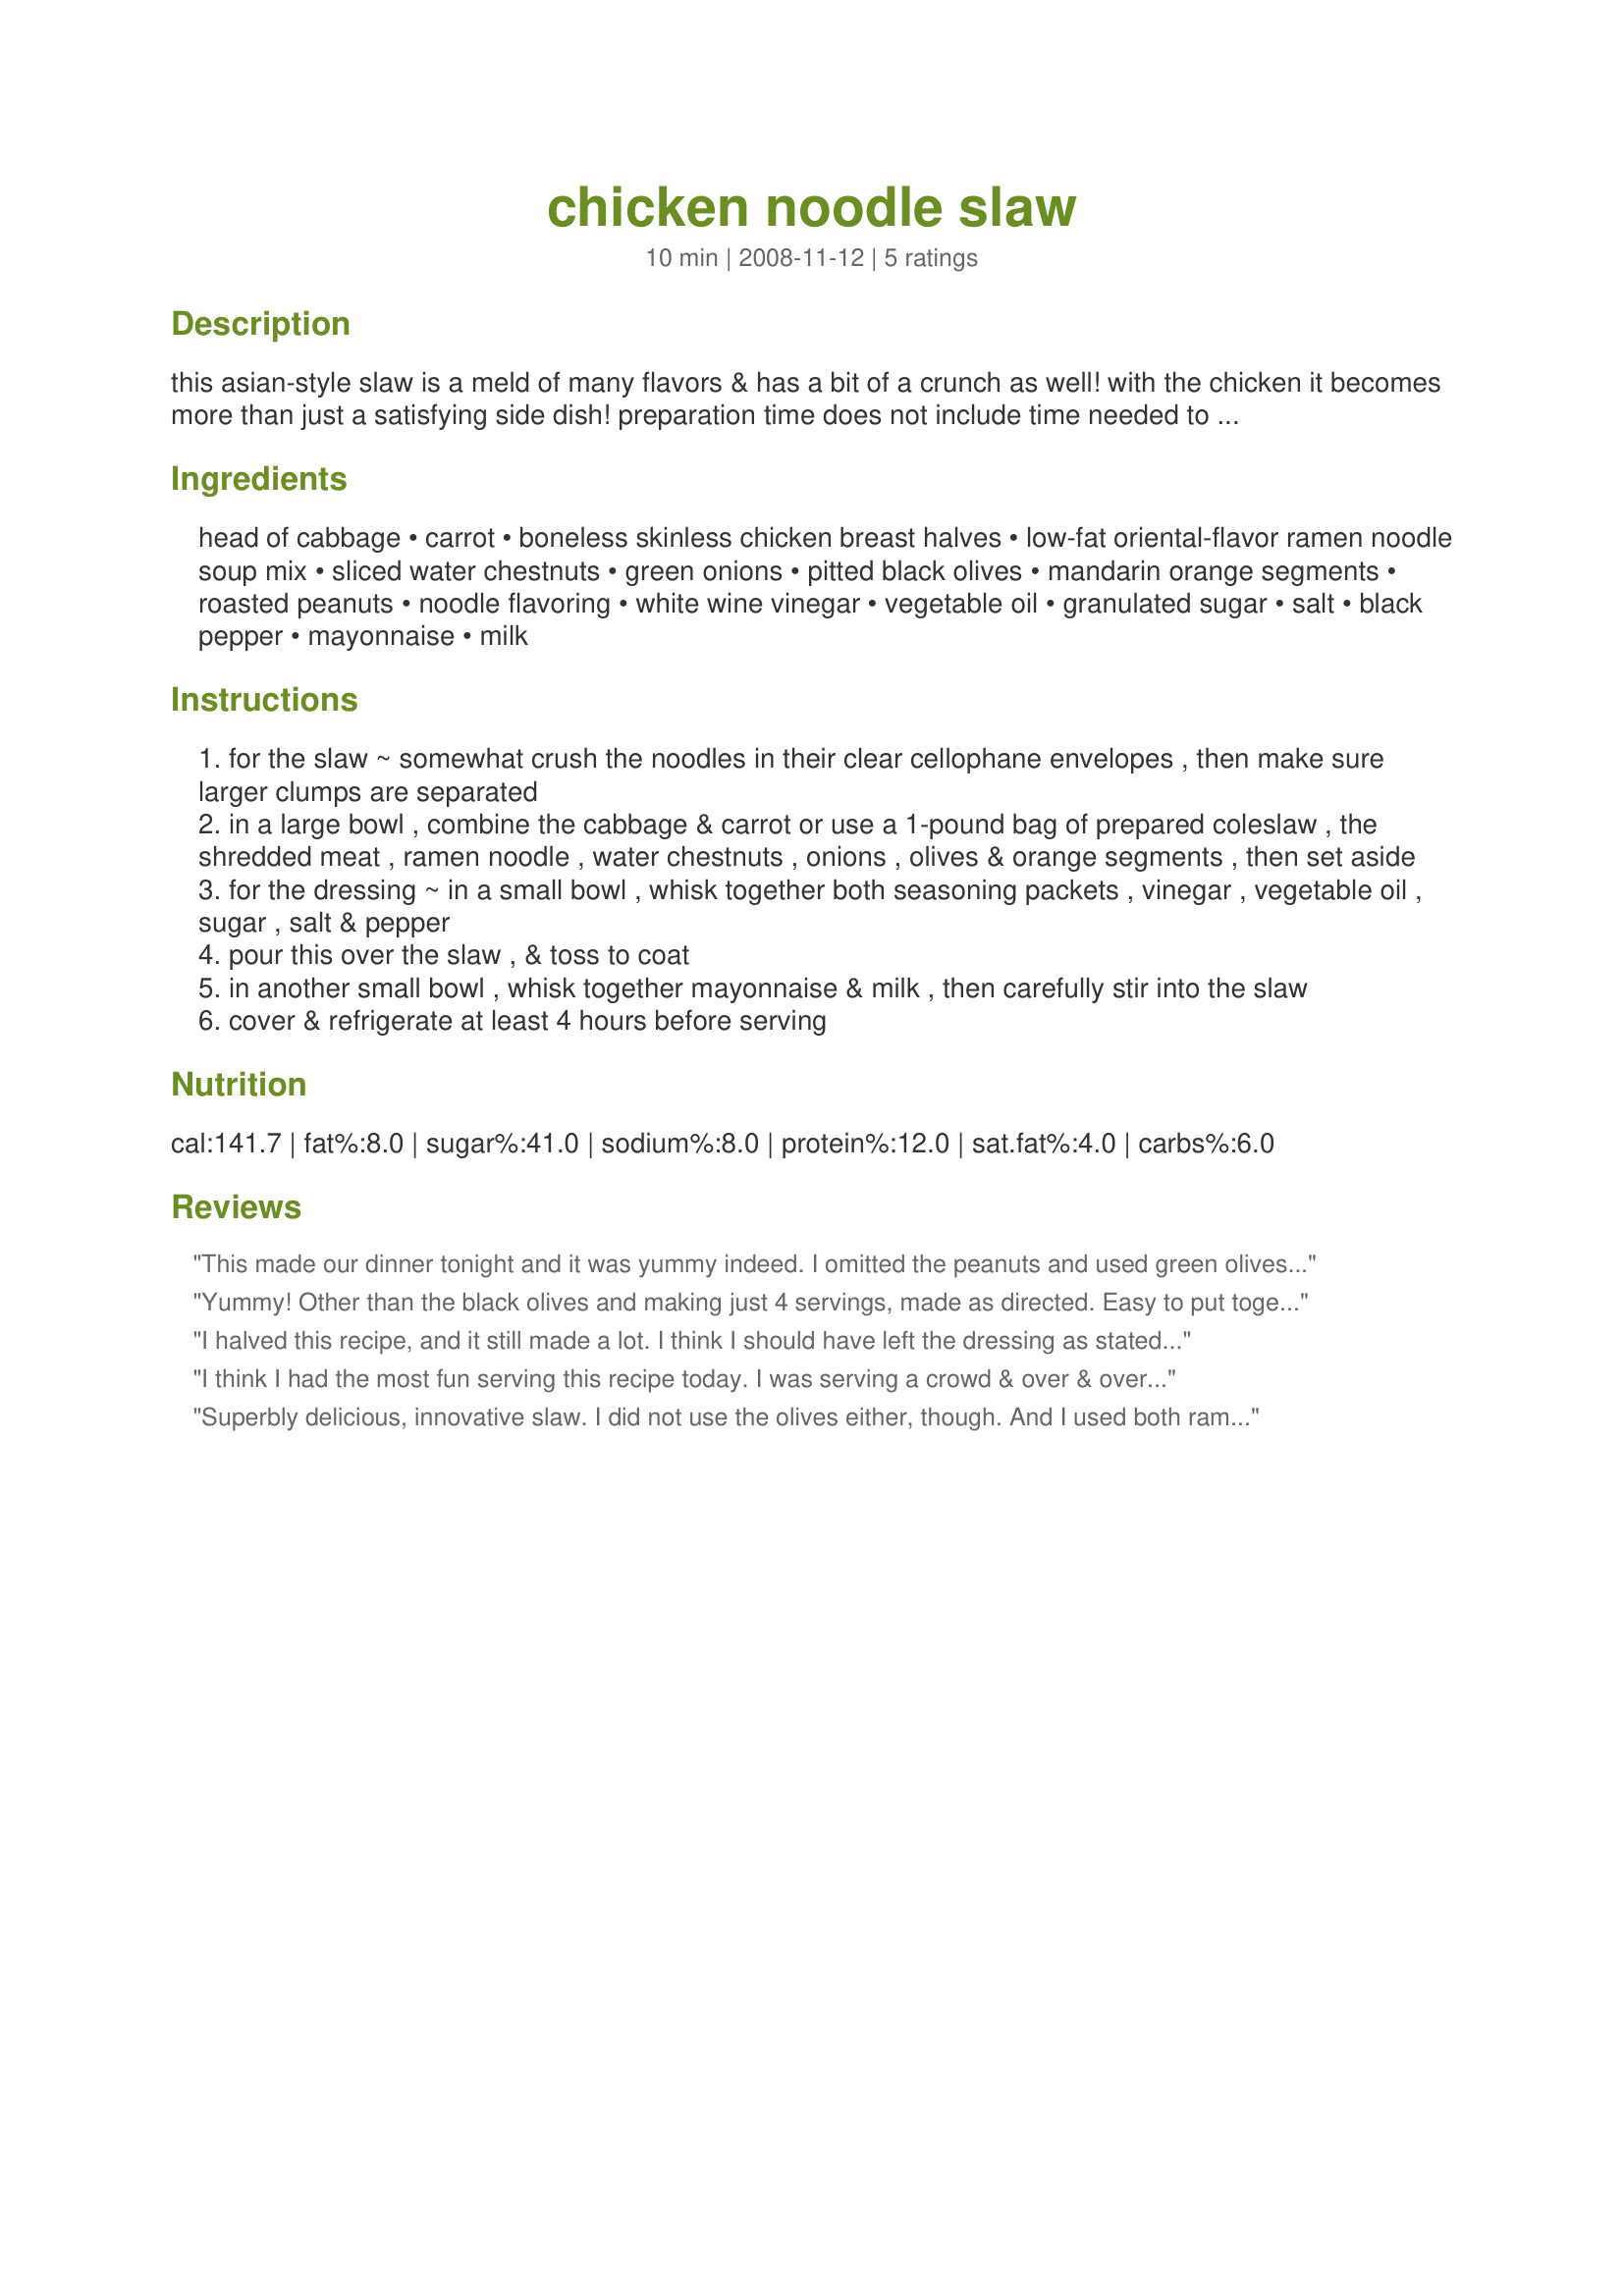
chicken noodle slaw
Preparation time: 10 minutes

this asian-style slaw is a meld of many flavors & has a bit of a crunch as well! with the chicken it becomes more than just a satisfying side dish! preparation time does not include time needed to shred the cabbage & carrot, nor the time taken to chop the chicken. time that could be cut back by purchasing a pre-packaged cabbage-&-carrot coleslaw & using previously cooked, chopped & frozen chicken. the time also does not include the 4-8 hours for the slaw to chill. note: on june 2011, i edited the recipe to include a 2nd can of mandarin orange segments, make the peanuts optional, and increase the servings from 8 to 12-14.

Ingredients:
head of cabbage, carrot, boneless skinless chicken breast halves, low-fat oriental-flavor ramen noodle soup mix, sliced water chestnuts, green onions, pitted black olives, mandarin orange segments, roasted peanuts, noodle flavoring, white wine vinegar, vegetable oil, granulated sugar, salt, black pepper, mayonnaise, milk

Steps:
for the slaw ~ somewhat crush the noodles in their clear cellophane envelopes , then make sure larger clumps are separated
in a large bowl , combine the cabbage & carrot or use a 1-pound bag of prepared coleslaw , the shredded meat , ramen noodle , water chestnuts , onions , olives & orange segments , then set aside
for the dressing ~ in a small bowl , whisk together both seasoning packets , vinegar , vegetable oil , sugar , salt & pepper
pour this over the slaw , & toss to coat
in another small bowl , whisk together mayonnaise & milk , then carefully stir into the slaw
cover & refrigerate at least 4 hours before serving

Reviews:
This made our dinner tonight and it was yummy indeed. I omitted the peanuts and used green olives (what I had) for an easy and light summer meal. The amount was trimmed back to 4 servings so we have leftover for lunch tomorrow. We each mixed the dressing into our salad servings to our liking as I enjoy a very light amount while DH likes more than I do.
Yummy! Other than the black olives and making just 4 servings, made as directed. Easy to put together, and enjoyed by everyone. Thanks for sharing this delicious creation. :)
I halved this recipe, and it still made a lot. I think I should have left the dressing as stated, instead of halving it. Or at least made 2/3 of the dressing. I wanted to taste it a little more. I enjoyed this variation of Asian slaw with the addition of chicken. I'll make this one again. Thanks, Sydney Mike, for another great recipe. Made for Everyday is a Holiday tag!
I think I had the most fun serving this recipe today. I was serving a crowd & over & over I heard, "Is that RAMEN?", "Wow!" & "Did you try this one yet? It's RAMEN!" LOL It was very well liked & I tried it both immediately after being made & the next day. I loved it both times. I did have to substitute the peanuts with sunflower seeds. I know they were a contest ingredient, but we have peanut allergies in the house. I personally don't like water chestnuts or mandarin oranges but everyone else loved them in this salad. I think this was a good use of contest ingredients. Good combination of flavors & well proportioned. Thanks for sharing your creation, Syd! Made for Hidden Gems Event - Winter 2008.
Superbly delicious, innovative slaw. I did not use the olives either, though. And I used both ramen noodle seasoning packages.
